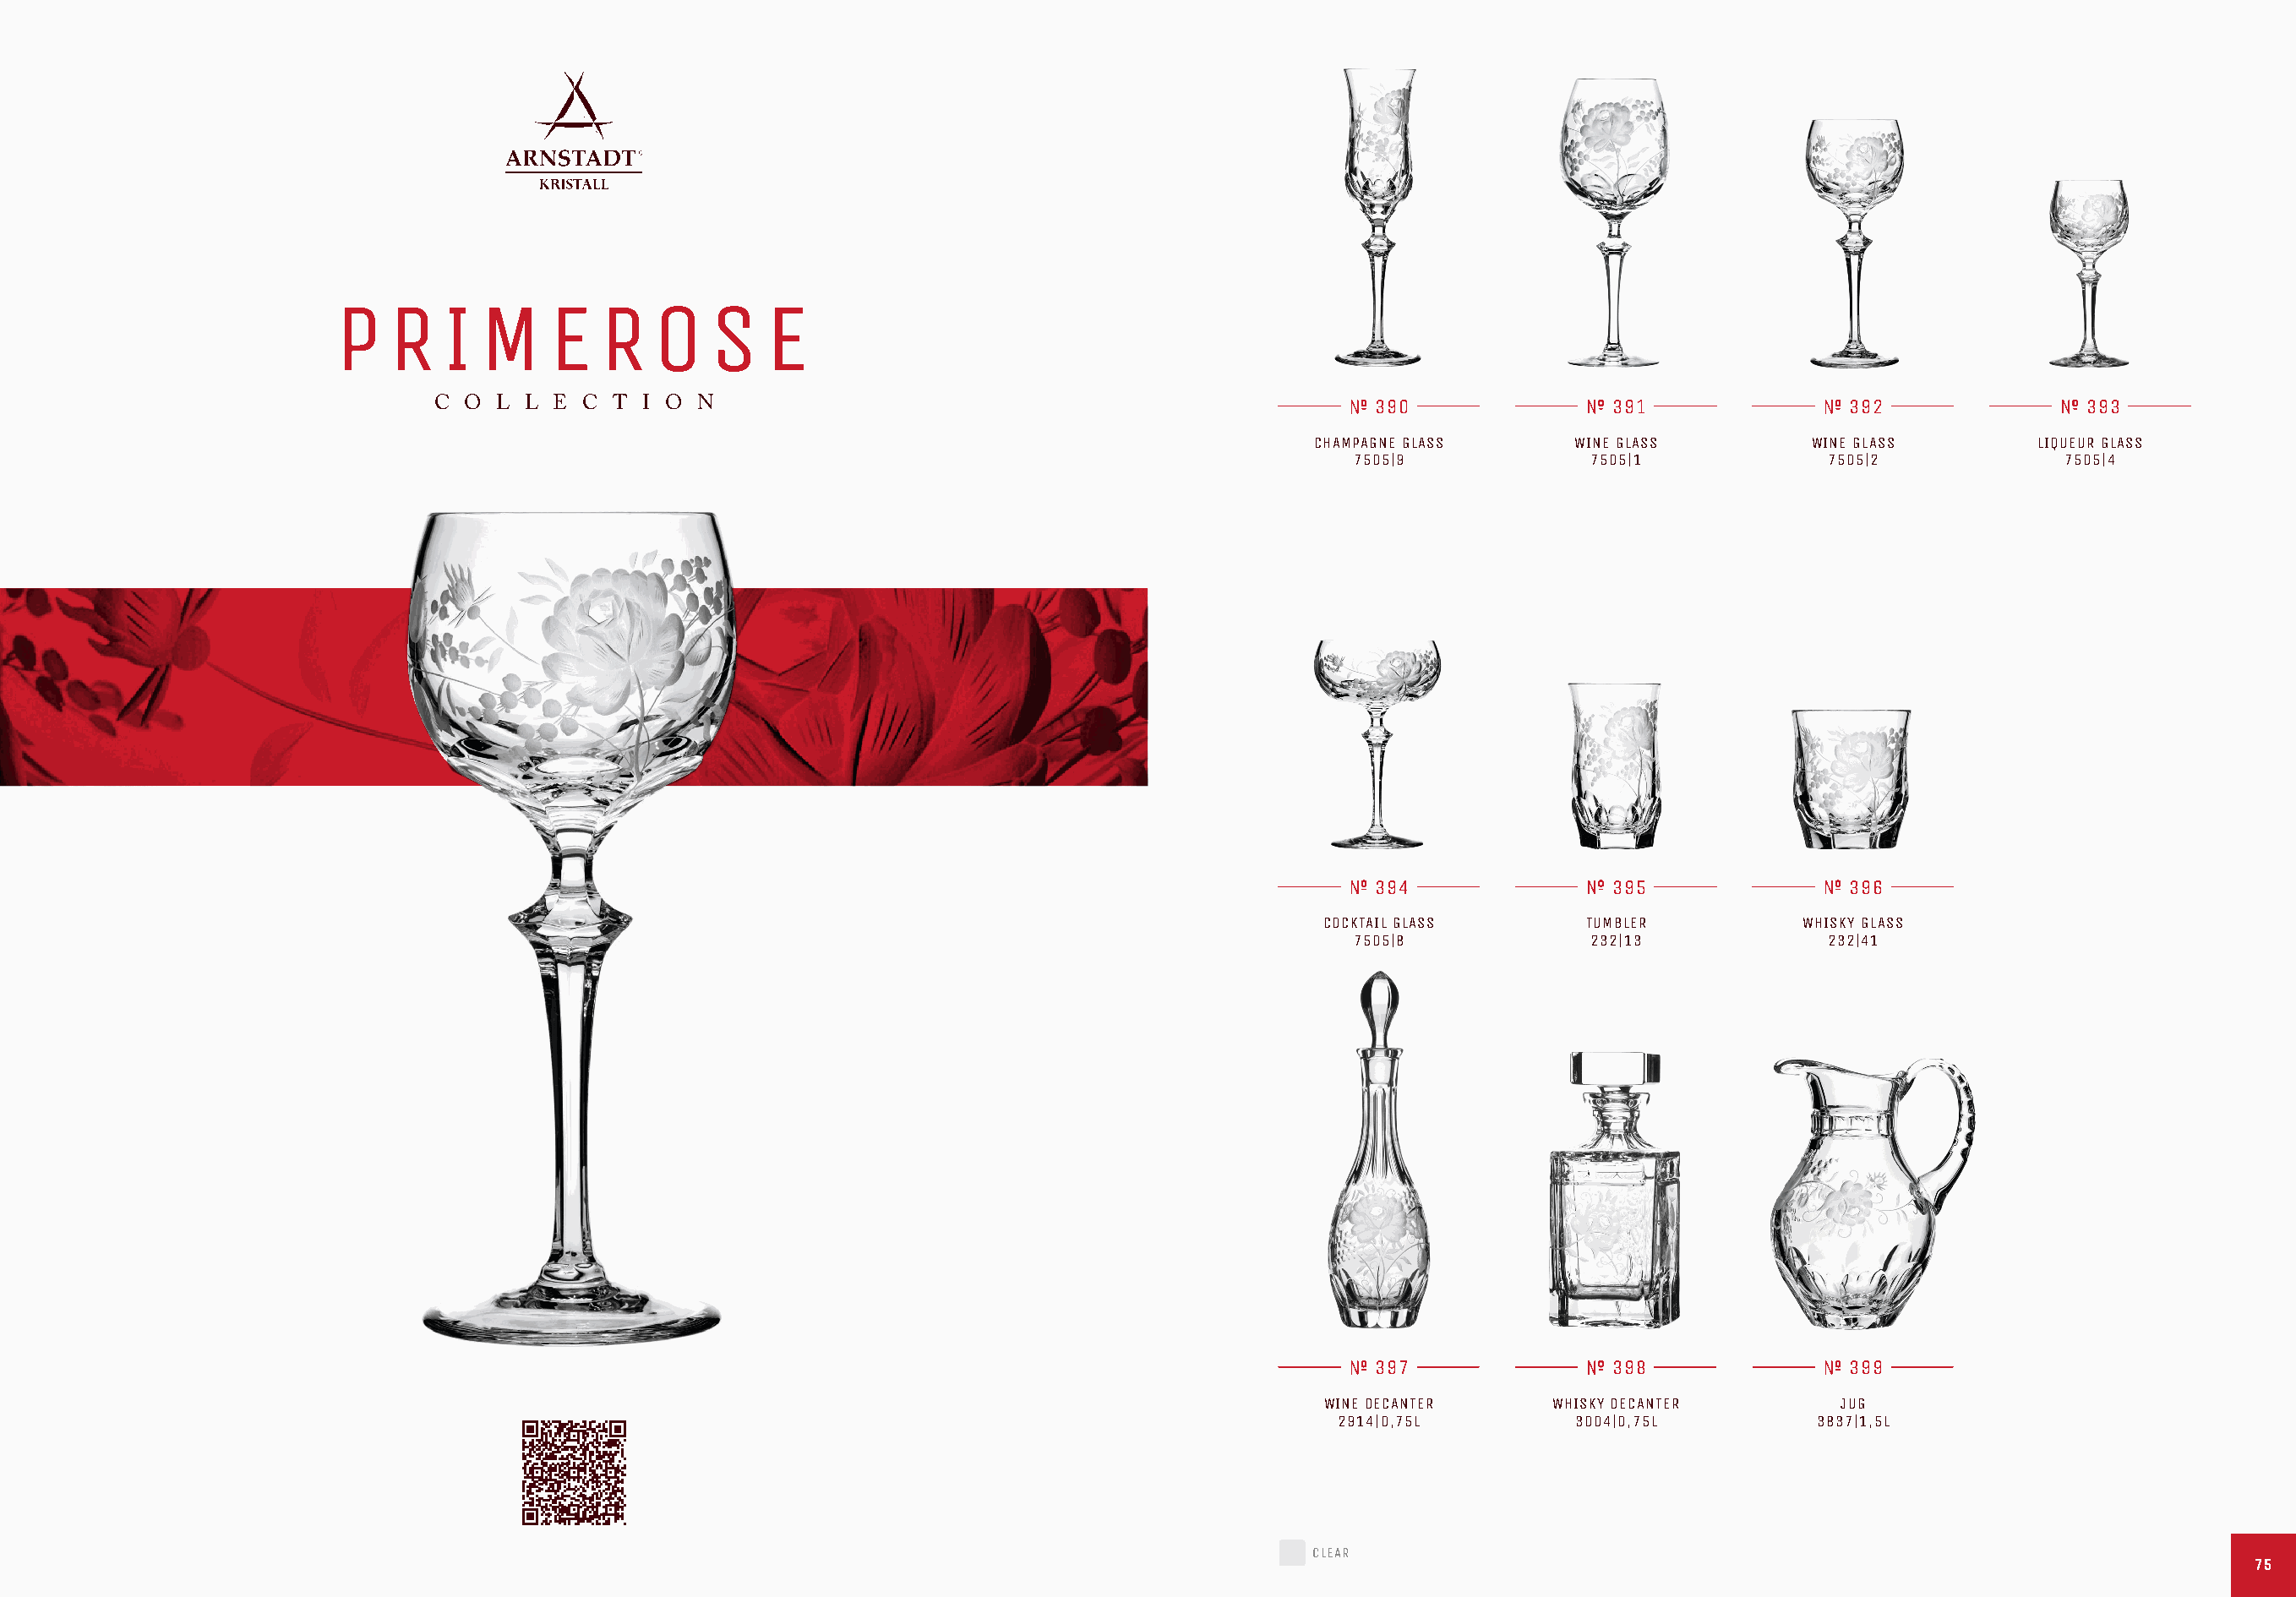
P   R    I  M    E   R   O    S   E
 C O  L L E  C T I O  N                                                    390               391                392               393
 CHAMPAGNE GLASS     WINE GLASS         WINE GLASS        LIQUEUR GLASS
 7505|9             7505|1            7505|2             7505|4
 394               395                396
 COCKTAIL GLASS      TUMBLER          WHISKY GLASS
 7505|8             232|13            232|41
 397               398                399
 WINE DECANTER     WHISKY DECANTER       JUG
 2914|0,75L        3004|0,75L         3837|1,5L
 CLEAR
 7755